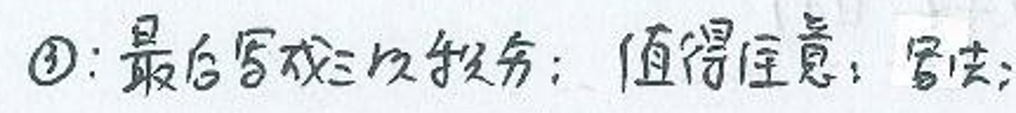
$\textcircled{9}$: 最后写双叒叕：值得注意，写法；